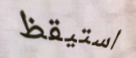
استيقظ